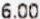
6.00